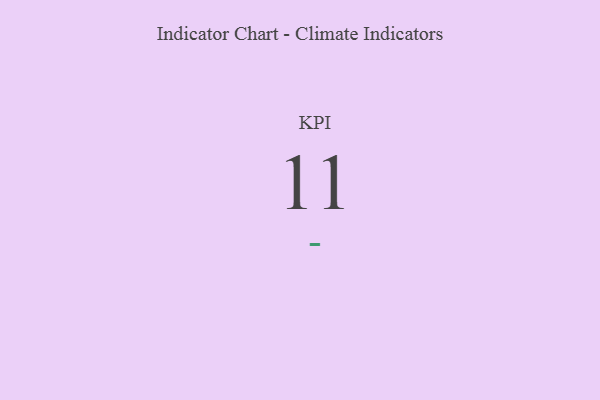
{"axis": {"x": "KPI", "y": "Value"}, "legend": [""], "data": [{"x": "KPI", "y": 11, "type": ""}]}